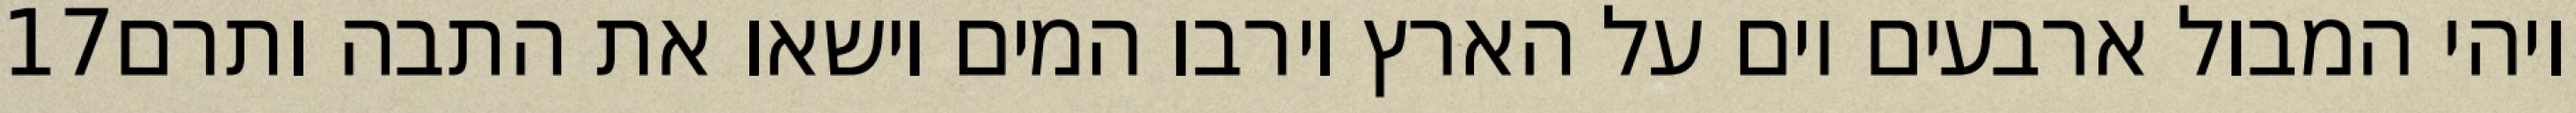
‎17‏ ויהי המבול ארבעים יום על הארץ וירבו המים וישאו את התבה ותרם